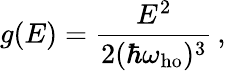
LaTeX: g(E)={\frac{E^{2}}{2(\hbar\omega_{\mathrm{ho}})^{3}}}\, ,